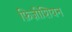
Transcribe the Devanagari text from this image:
फ़िज़ीशियन